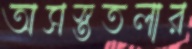
অসস্ততলার